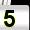
Digit: 5